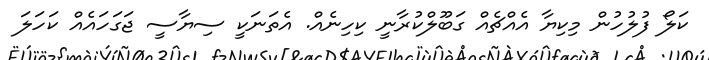
ކަލޯ ފުލުހުން މިކިޔާ އެއްޗެއް ގަބޫލްކުރާނީ ކިހިނެއް. އެތަނަކީ ސިޔާސީ ޖަގަހައެއް ކަހަލަ